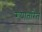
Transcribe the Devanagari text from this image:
रूपातरित